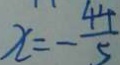
x = - \frac { 4 4 } { 5 }